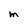
Character: M